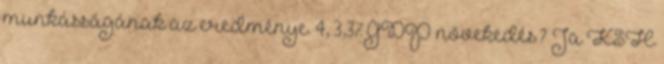
munkásságának az eredménye. 4, 3,3% GDP növekedés? Ja KSH